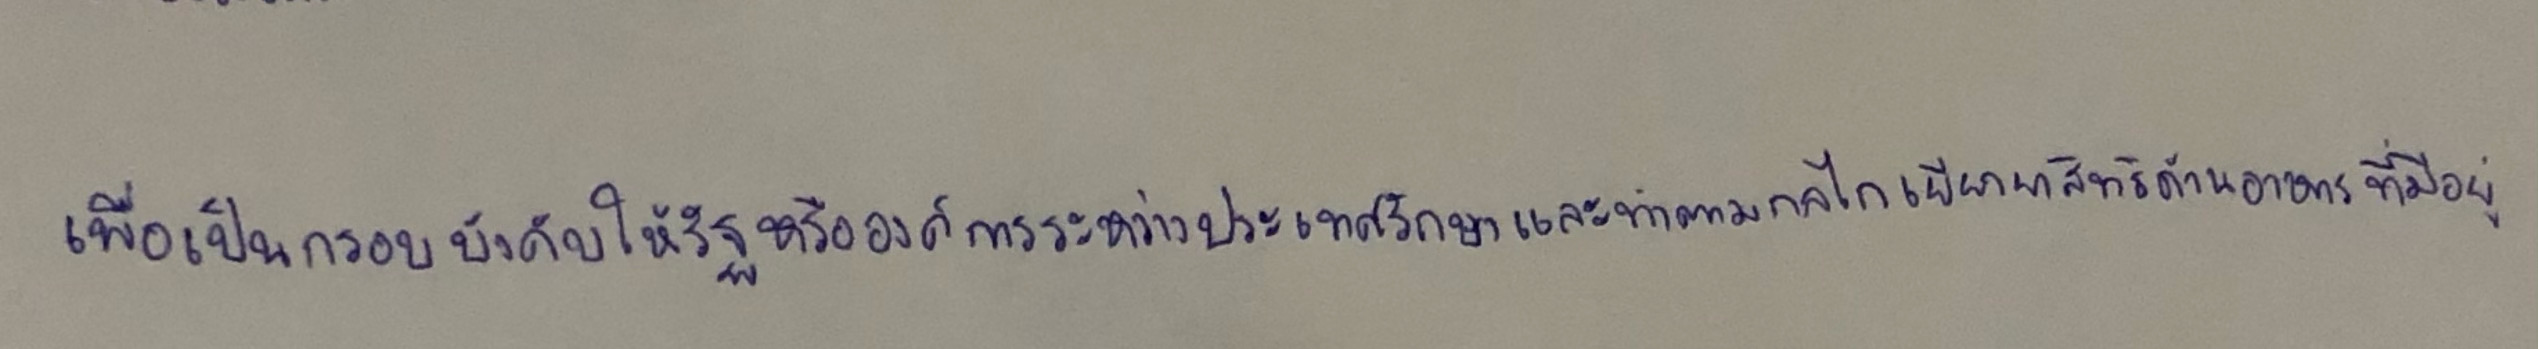
เพื่อเป็นกรอบบังคับให้รัฐหรือองค์การระหว่างประเทศรักษาและทำตามกลไกเยียวยาสิทธิด้านอาหารที่มีอยู่